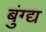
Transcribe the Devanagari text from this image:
बुंग्द्य